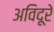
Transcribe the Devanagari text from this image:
अविदूरे